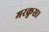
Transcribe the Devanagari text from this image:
मरकुस।